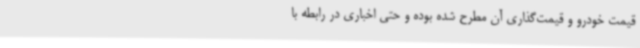
قیمت خودرو و قیمت‌گذاری آن مطرح شده بوده و حتی اخباری در رابطه با